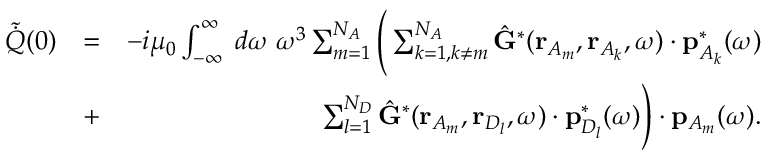
\begin{array} { r l r } { \tilde { \dot { Q } } ( 0 ) } & { = } & { - i \mu _ { 0 } \int _ { - \infty } ^ { \infty } \; d \omega \; \omega ^ { 3 } \sum _ { m = 1 } ^ { N _ { A } } \Bigg ( \sum _ { k = 1 , k \neq m } ^ { N _ { A } } \hat { \mathbf { G } } ^ { * } ( \mathbf { r } _ { A _ { m } } , \mathbf { r } _ { A _ { k } } , \omega ) \cdot \mathbf { p } _ { { A _ { k } } } ^ { * } ( \omega ) } \\ & { + } & { \sum _ { l = 1 } ^ { N _ { D } } \hat { \mathbf { G } } ^ { * } ( \mathbf { r } _ { A _ { m } } , \mathbf { r } _ { D _ { l } } , \omega ) \cdot \mathbf { p } _ { D _ { l } } ^ { * } ( \omega ) \Bigg ) \cdot { \mathbf { p } } _ { A _ { m } } ( \omega ) . } \end{array}